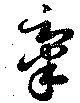
舉